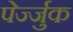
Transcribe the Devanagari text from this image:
पेर्ज्जुक